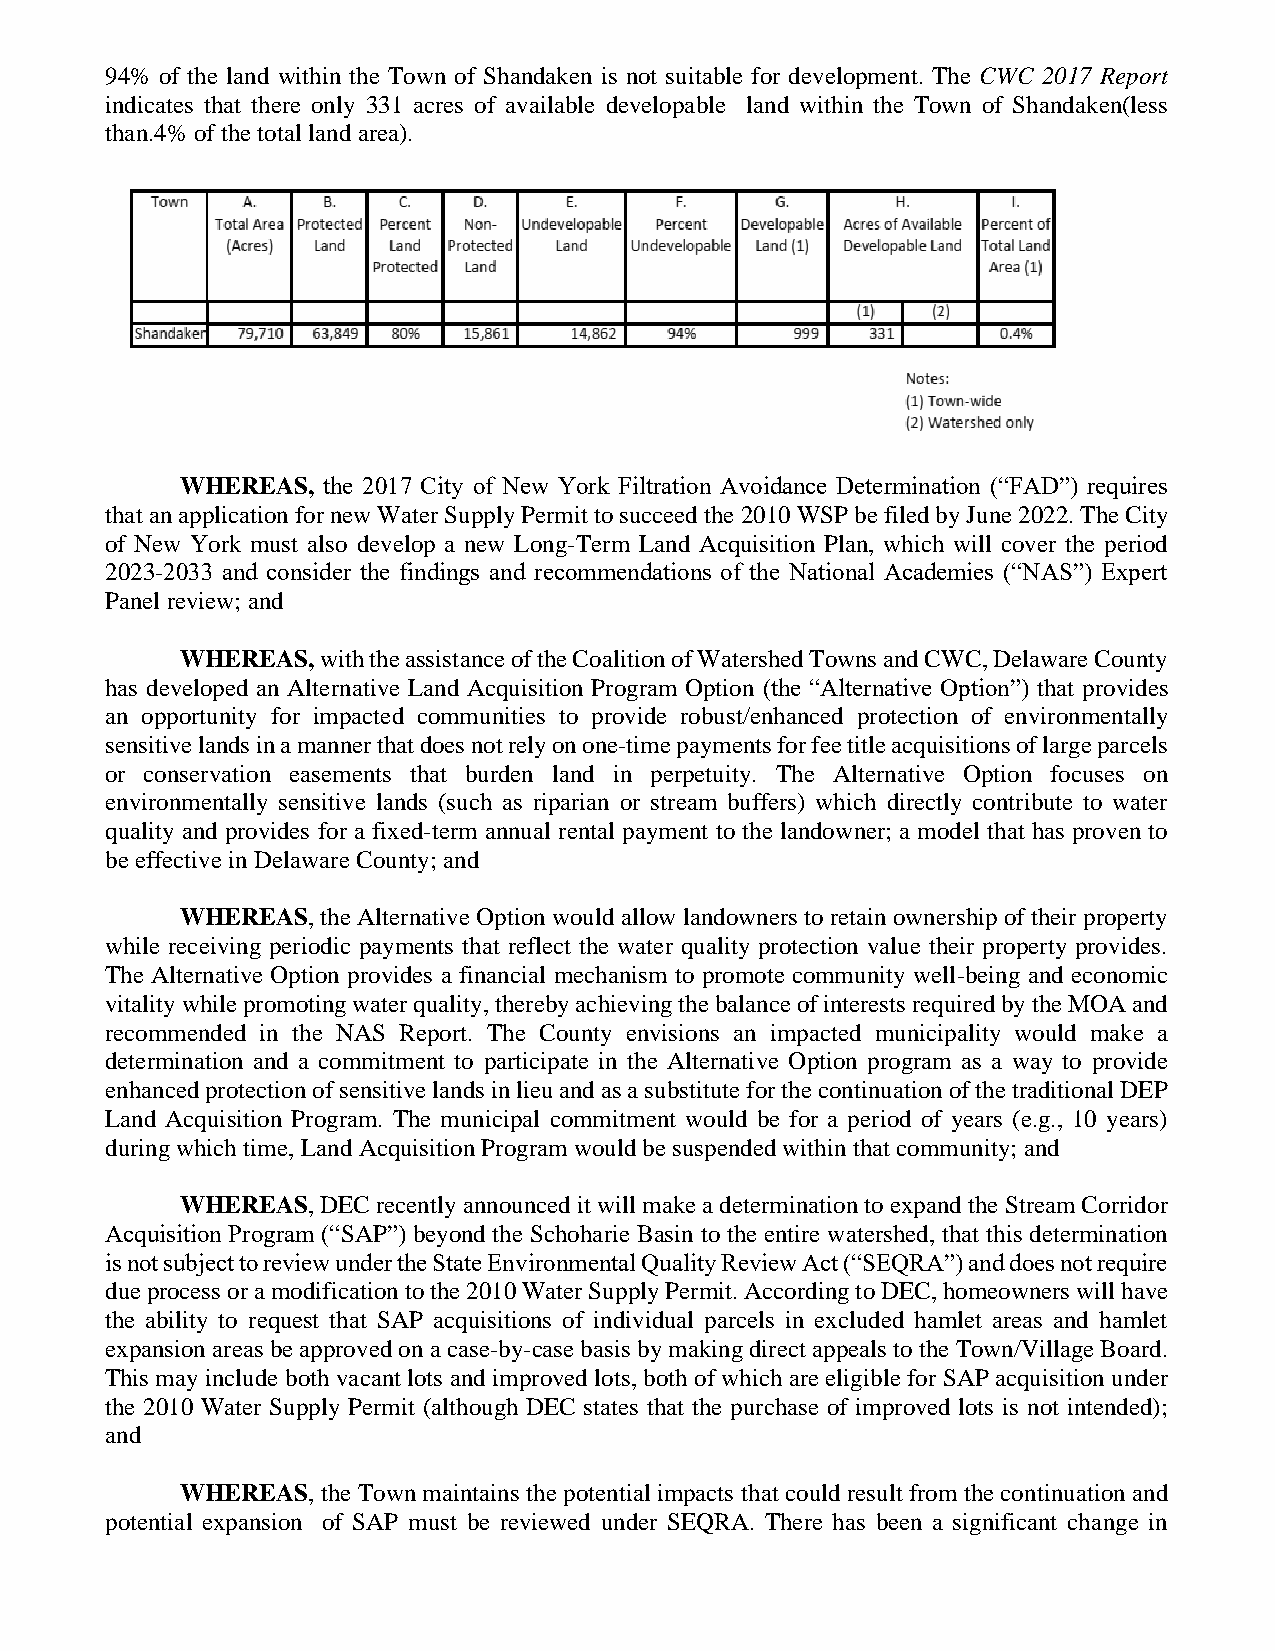
94% of the land within the Town of Shandaken is not suitable for development. The CWC 2017 Report
 indicates that there only 331 acres of available developable land within the Town of Shandaken(less
 than.4% of the total land area).
 WHEREAS, the 2017 City of New York Filtration Avoidance Determination (“FAD”) requires
 that an application for new Water Supply Permit to succeed the 2010 WSP be filed by June 2022. The City
 of New York must also develop a new Long-Term Land Acquisition Plan, which will cover the period
 2023-2033 and consider the findings and recommendations of the National Academies (“NAS”) Expert
 Panel review; and
 WHEREAS, with the assistance of the Coalition of Watershed Towns and CWC, Delaware County
 has developed an Alternative Land Acquisition Program Option (the “Alternative Option”) that provides
 an opportunity for impacted communities to provide robust/enhanced protection of environmentally
 sensitive lands in a manner that does not rely on one-time payments for fee title acquisitions of large parcels
 or conservation easements that burden land in perpetuity. The Alternative Option focuses on
 environmentally sensitive lands (such as riparian or stream buffers) which directly contribute to water
 quality and provides for a fixed-term annual rental payment to the landowner; a model that has proven to
 be effective in Delaware County; and
 WHEREAS, the Alternative Option would allow landowners to retain ownership of their property
 while receiving periodic payments that reflect the water quality protection value their property provides.
 The Alternative Option provides a financial mechanism to promote community well-being and economic
 vitality while promoting water quality, thereby achieving the balance of interests required by the MOA and
 recommended in the NAS Report. The County envisions an impacted municipality would make a
 determination and a commitment to participate in the Alternative Option program as a way to provide
 enhanced protection of sensitive lands in lieu and as a substitute for the continuation of the traditional DEP
 Land Acquisition Program. The municipal commitment would be for a period of years (e.g., 10 years)
 during which time, Land Acquisition Program would be suspended within that community; and
 WHEREAS, DEC recently announced it will make a determination to expand the Stream Corridor
 Acquisition Program (“SAP”) beyond the Schoharie Basin to the entire watershed, that this determination
 is not subject to review under the State Environmental Quality Review Act (“SEQRA”) and does not require
 due process or a modification to the 2010 Water Supply Permit. According to DEC, homeowners will have
 the ability to request that SAP acquisitions of individual parcels in excluded hamlet areas and hamlet
 expansion areas be approved on a case-by-case basis by making direct appeals to the Town/Village Board.
 This may include both vacant lots and improved lots, both of which are eligible for SAP acquisition under
 the 2010 Water Supply Permit (although DEC states that the purchase of improved lots is not intended);
 and
 WHEREAS, the Town maintains the potential impacts that could result from the continuation and
 potential expansion of SAP must be reviewed under SEQRA. There has been a significant change in